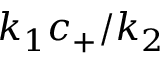
k _ { 1 } c _ { + } / k _ { 2 }